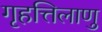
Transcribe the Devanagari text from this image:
गृहत्तिलाणु